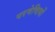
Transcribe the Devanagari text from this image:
परमेष्ठियों